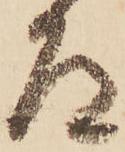
道